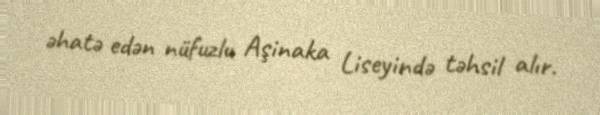
əhatə edən nüfuzlu Aşinaka Liseyində təhsil alır.